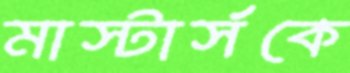
মাস্টার্সকে